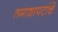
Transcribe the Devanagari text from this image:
तमाशापटांचे